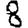
Digit: 8